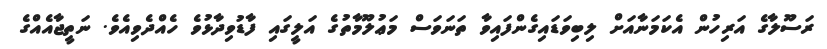
ރަސޫލާގެ އަރިހުން އެކަމަނާއަށް ލިބިވަޑައިގެންފައިވާ ތަނަވަސް މަޢުލޫމާތުގެ އަލީގައި ފާޑުވިދާޅުވެ ހެއްދެވިއެވެ. ނަތީޖާއެއްގެ